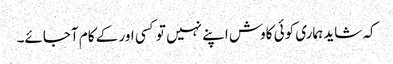
کہ شاید ہماری کوئی کاوش اپنے نہیں تو کسی اور کے کام آجائے۔